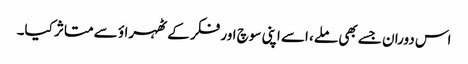
اس دوران جسے بھی ملے، اسے اپنی سوچ اور فکر کے ٹھہراؤ سے متاثر کیا۔